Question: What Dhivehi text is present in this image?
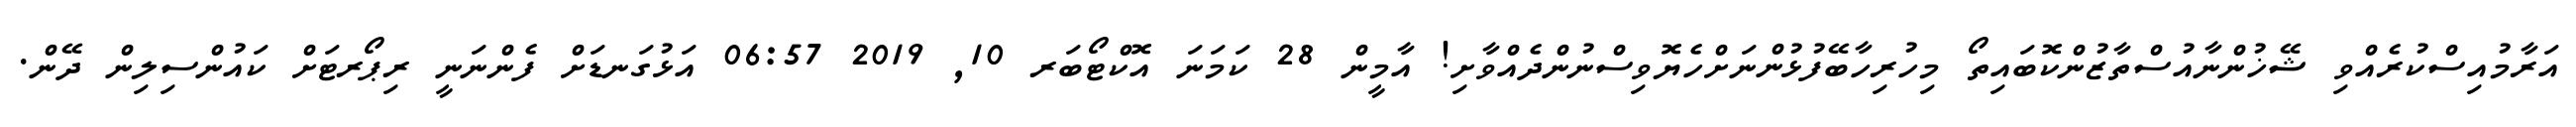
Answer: އަރާމުއިސްކުރެއްވި ޝޭޚުންނާއުސްތާޒުންކޮބައިތޯ މިހުރިހާބޭފުޅުންނަށްހެޔޮވިސްނުންދެއްވާށި! އާމީން 28 ކަމަނަ އޮކްޓޯބަރ 10, 2019 06:57 އަޅުގަނޑަށް ފެންނަނީ ރިޕޯރޓަށް ކައުންސިލިން ދޭން.